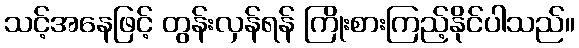
သင့်အနေဖြင့် တွန်းလှန်ရန် ကြိုးစားကြည့်နိုင်ပါသည်။